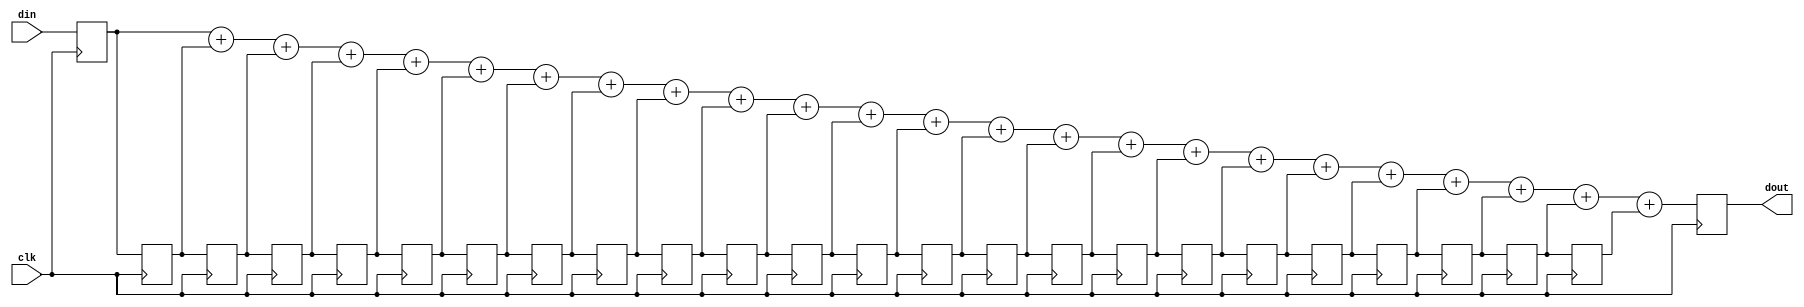
/*  This file is part of JT51.

    JT51 is free software: you can redistribute it and/or modify
    it under the terms of the GNU General Public License as published by
    the Free Software Foundation, either version 3 of the License, or
    (at your option) any later version.

    JT51 is distributed in the hope that it will be useful,
    but WITHOUT ANY WARRANTY; without even the implied warranty of
    MERCHANTABILITY or FITNESS FOR A PARTICULAR PURPOSE.  See the
    GNU General Public License for more details.

    You should have received a copy of the GNU General Public License
    along with JT51.  If not, see <http://www.gnu.org/licenses/>.

	Author: Jose Tejada Gomez. Twitter: @topapate
	Version: 1.0
	Date: March, 7th 2017
	*/

`timescale 1ns / 1ps

module jt51_sincf #(parameter win=1, wout=5)
(
	input clk,
	input [win-1:0] din,
	output reg [wout-1:0] dout
);

reg [win-1:0] mem[23:0];

genvar i;


generate 
for (i=23; i>0; i=i-1) begin: meminput
	always @(posedge clk)
		mem[i] <= mem[i-1];	
end

endgenerate

always @(posedge clk) begin
	mem[0] <= din;
	dout <= mem[0] + mem[1] + mem[2] + mem[3] +
		mem[4] + mem[5] + mem[6] + mem[7] +
		mem[8] + mem[9] + mem[10] + mem[11] +
		mem[12] + mem[13] + mem[14] + mem[15] +
		mem[16] + mem[17] + mem[18] + mem[19] +
		mem[20] + mem[21] + mem[22] + mem[23];
end

endmodule